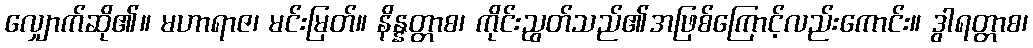
လျှောက်ဆို၏။ မဟာရာဇ၊ မင်းမြတ်။ နိန္နတ္တာစ၊ ကိုင်းညွတ်သည်၏အဖြစ်ကြောင့်လည်းကောင်း။ ဒွါရတ္တာစ၊